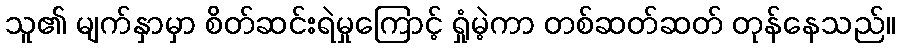
သူ၏ မျက်နှာမှာ စိတ်ဆင်းရဲမှုကြောင့် ရှုံမဲ့ကာ တစ်ဆတ်ဆတ် တုန်နေသည်။